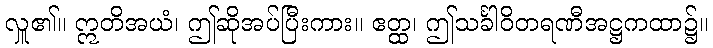
လှူ၏။ ဣတိအယံ၊ ဤဆိုအပ်ပြီးကား။ ဧတ္ထ၊ ဤသင်္ခါဝိတရဏီအဋ္ဌကထာ၌။